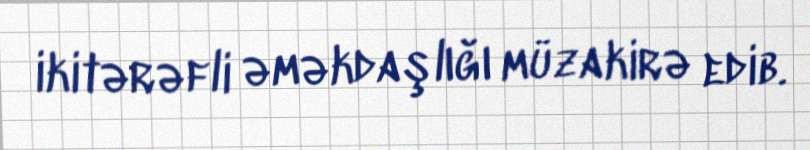
ikitərəfli əməkdaşlığı müzakirə edib.